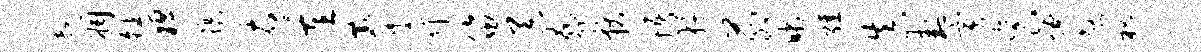
超凋皤棹禳右重麋斤笛吞胁狄悟好茆晰强真卦寅衮燎煞枳